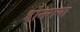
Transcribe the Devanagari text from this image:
होनगया